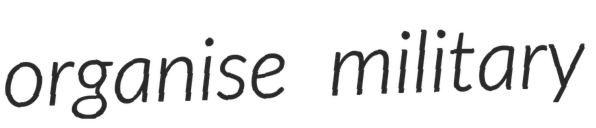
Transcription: organise military